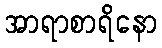
အာရာစာရိနော